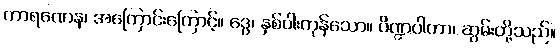
ကာရဏေန၊ အကြောင်းကြောင့်။ ဒွေ၊ နှစ်ပါးကုန်သော။ ပိဏ္ဍပါတာ၊ ဆွမ်းတို့သည်။